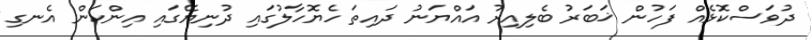
ދުވަސްކޮޅެއް ފަހުން ޚަބަރު ބެލިއިރު އައްޔަނު ދައިތަ ހެޔޮހާލުގައި ދުނިޔޭގައި އިންކަން އެނގި